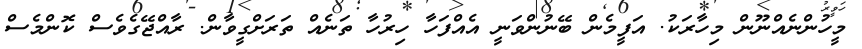
މީހުންނެއްނޫން މިހާރަކު. އަފީމެން ބޭނުންވަނީ އެއްފަހާ ހިރުހާ ތަނެއް ތަރަށްގީވާން. ރާއްޖޭގެވެސް ކޮންމެސް